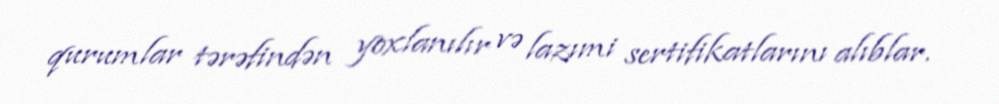
qurumlar tərəfindən yoxlanılır və lazımi sertifikatlarını alıblar.